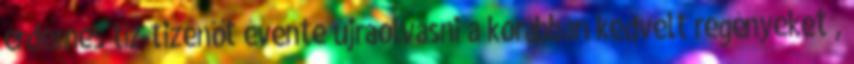
érdemes tíz-tizenöt évente újraolvasni a korábban kedvelt regényeket ,